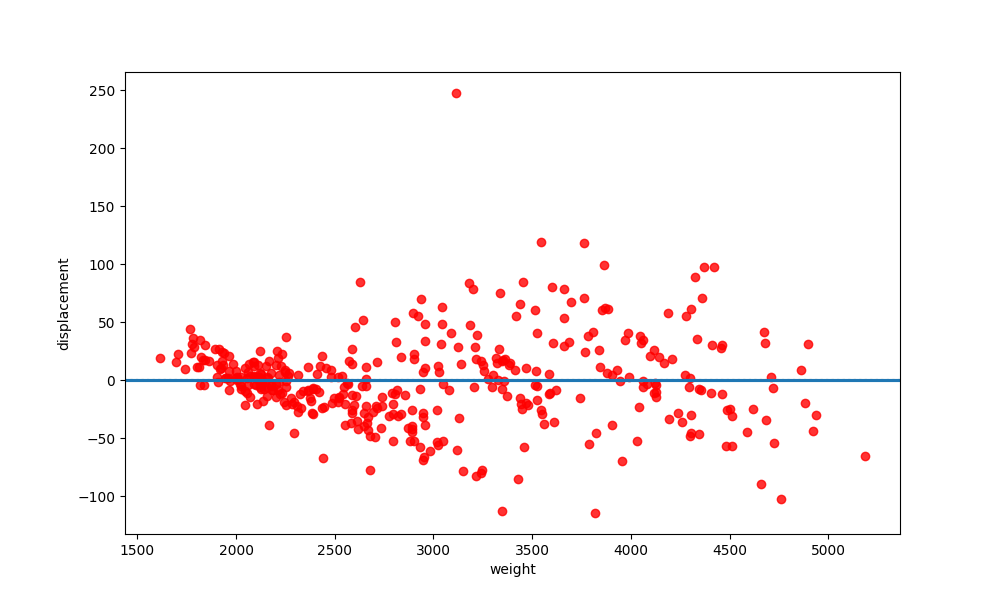
python, seaborn, residplot, lowess=True, scatter_color=red